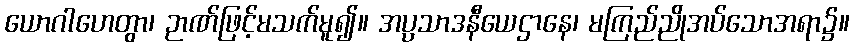
ယောဂါဟေတွာ၊ ဉာဏ်ဖြင့်မသက်မူ၍။ အပ္ပသာဒနီယေဌာနေ၊ မကြည်ညိုအပ်သောအရာ၌။